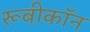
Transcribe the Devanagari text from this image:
रूबीकॉन